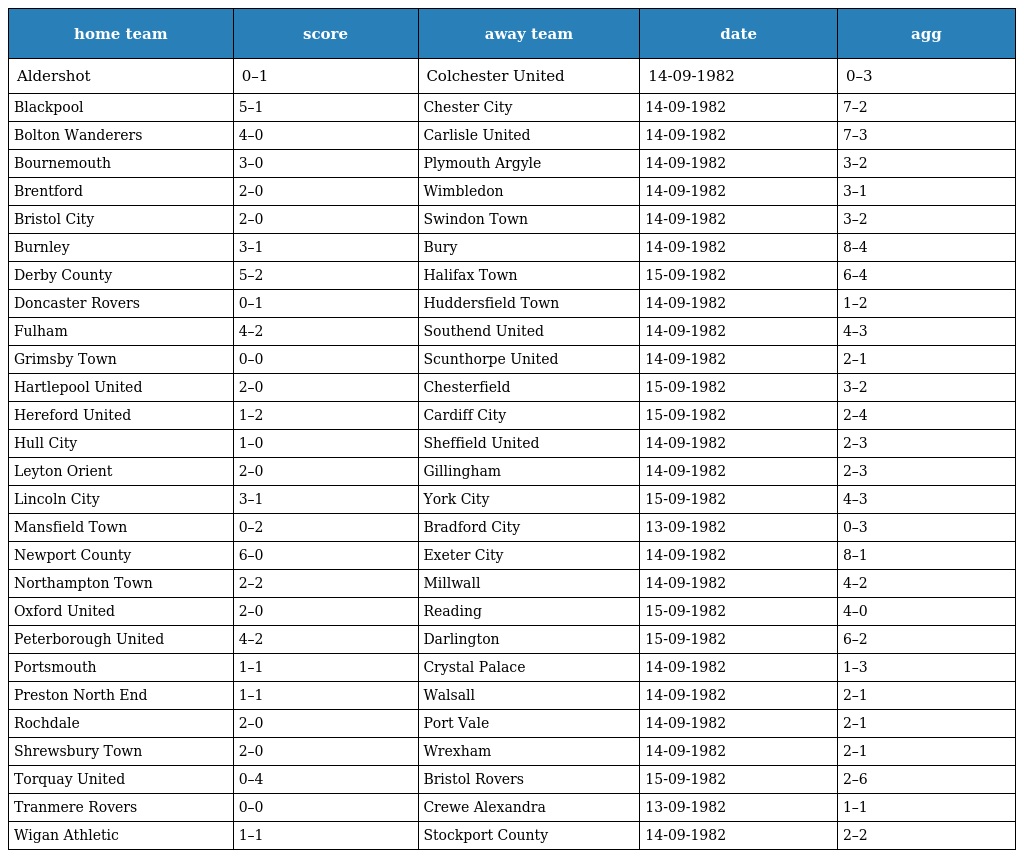
| home team | score | away team | date | agg |
 | --- | --- | --- | --- | --- |
 | Aldershot | 0–1 | Colchester United | 14-09-1982 | 0–3 |
 | Blackpool | 5–1 | Chester City | 14-09-1982 | 7–2 |
 | Bolton Wanderers | 4–0 | Carlisle United | 14-09-1982 | 7–3 |
 | Bournemouth | 3–0 | Plymouth Argyle | 14-09-1982 | 3–2 |
 | Brentford | 2–0 | Wimbledon | 14-09-1982 | 3–1 |
 | Bristol City | 2–0 | Swindon Town | 14-09-1982 | 3–2 |
 | Burnley | 3–1 | Bury | 14-09-1982 | 8–4 |
 | Derby County | 5–2 | Halifax Town | 15-09-1982 | 6–4 |
 | Doncaster Rovers | 0–1 | Huddersfield Town | 14-09-1982 | 1–2 |
 | Fulham | 4–2 | Southend United | 14-09-1982 | 4–3 |
 | Grimsby Town | 0–0 | Scunthorpe United | 14-09-1982 | 2–1 |
 | Hartlepool United | 2–0 | Chesterfield | 15-09-1982 | 3–2 |
 | Hereford United | 1–2 | Cardiff City | 15-09-1982 | 2–4 |
 | Hull City | 1–0 | Sheffield United | 14-09-1982 | 2–3 |
 | Leyton Orient | 2–0 | Gillingham | 14-09-1982 | 2–3 |
 | Lincoln City | 3–1 | York City | 15-09-1982 | 4–3 |
 | Mansfield Town | 0–2 | Bradford City | 13-09-1982 | 0–3 |
 | Newport County | 6–0 | Exeter City | 14-09-1982 | 8–1 |
 | Northampton Town | 2–2 | Millwall | 14-09-1982 | 4–2 |
 | Oxford United | 2–0 | Reading | 15-09-1982 | 4–0 |
 | Peterborough United | 4–2 | Darlington | 15-09-1982 | 6–2 |
 | Portsmouth | 1–1 | Crystal Palace | 14-09-1982 | 1–3 |
 | Preston North End | 1–1 | Walsall | 14-09-1982 | 2–1 |
 | Rochdale | 2–0 | Port Vale | 14-09-1982 | 2–1 |
 | Shrewsbury Town | 2–0 | Wrexham | 14-09-1982 | 2–1 |
 | Torquay United | 0–4 | Bristol Rovers | 15-09-1982 | 2–6 |
 | Tranmere Rovers | 0–0 | Crewe Alexandra | 13-09-1982 | 1–1 |
 | Wigan Athletic | 1–1 | Stockport County | 14-09-1982 | 2–2 |